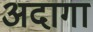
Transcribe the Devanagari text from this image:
अदागा